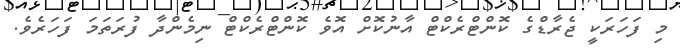
މި ފަހަރަކީ ޖެރާޑްގެ ކޮންޓްރެކްޓް އާނުކޮށް އޮވެ ކޮންޓްރެކްޓް ނިމެންދާ ފުރަތަމަ ފަހަރެވެ.